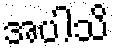
အပါသိ